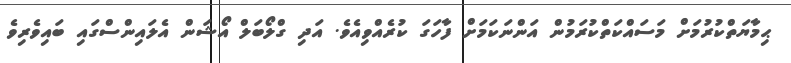
ޙިމާޔަތްކުރުމަށް މަސައްކަތްކުރަމުން އަންނަކަމަށް ފާހަގަ ކުރެއްވިއެވެ. އަދި ގްލޯބަލް އޯޝަން އެލައިންސްގައި ބައިވެރިވެ